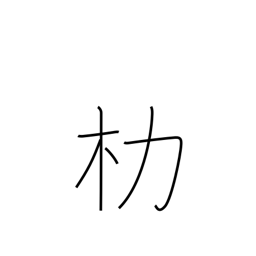
Meaning: carrying pole